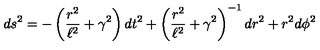
d s ^ { 2 } = - \left( { \frac { r ^ { 2 } } { \ell ^ { 2 } } } + \gamma ^ { 2 } \right) d t ^ { 2 } + \left( { \frac { r ^ { 2 } } { \ell ^ { 2 } } } + \gamma ^ { 2 } \right) ^ { - 1 } d r ^ { 2 } + r ^ { 2 } d \phi ^ { 2 }